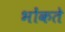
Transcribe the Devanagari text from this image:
भोंकते